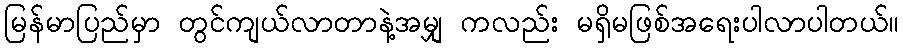
မြန်မာပြည်မှာ တွင်ကျယ်လာတာနဲ့အမျှ ကလည်း မရှိမဖြစ်အရေးပါလာပါတယ်။